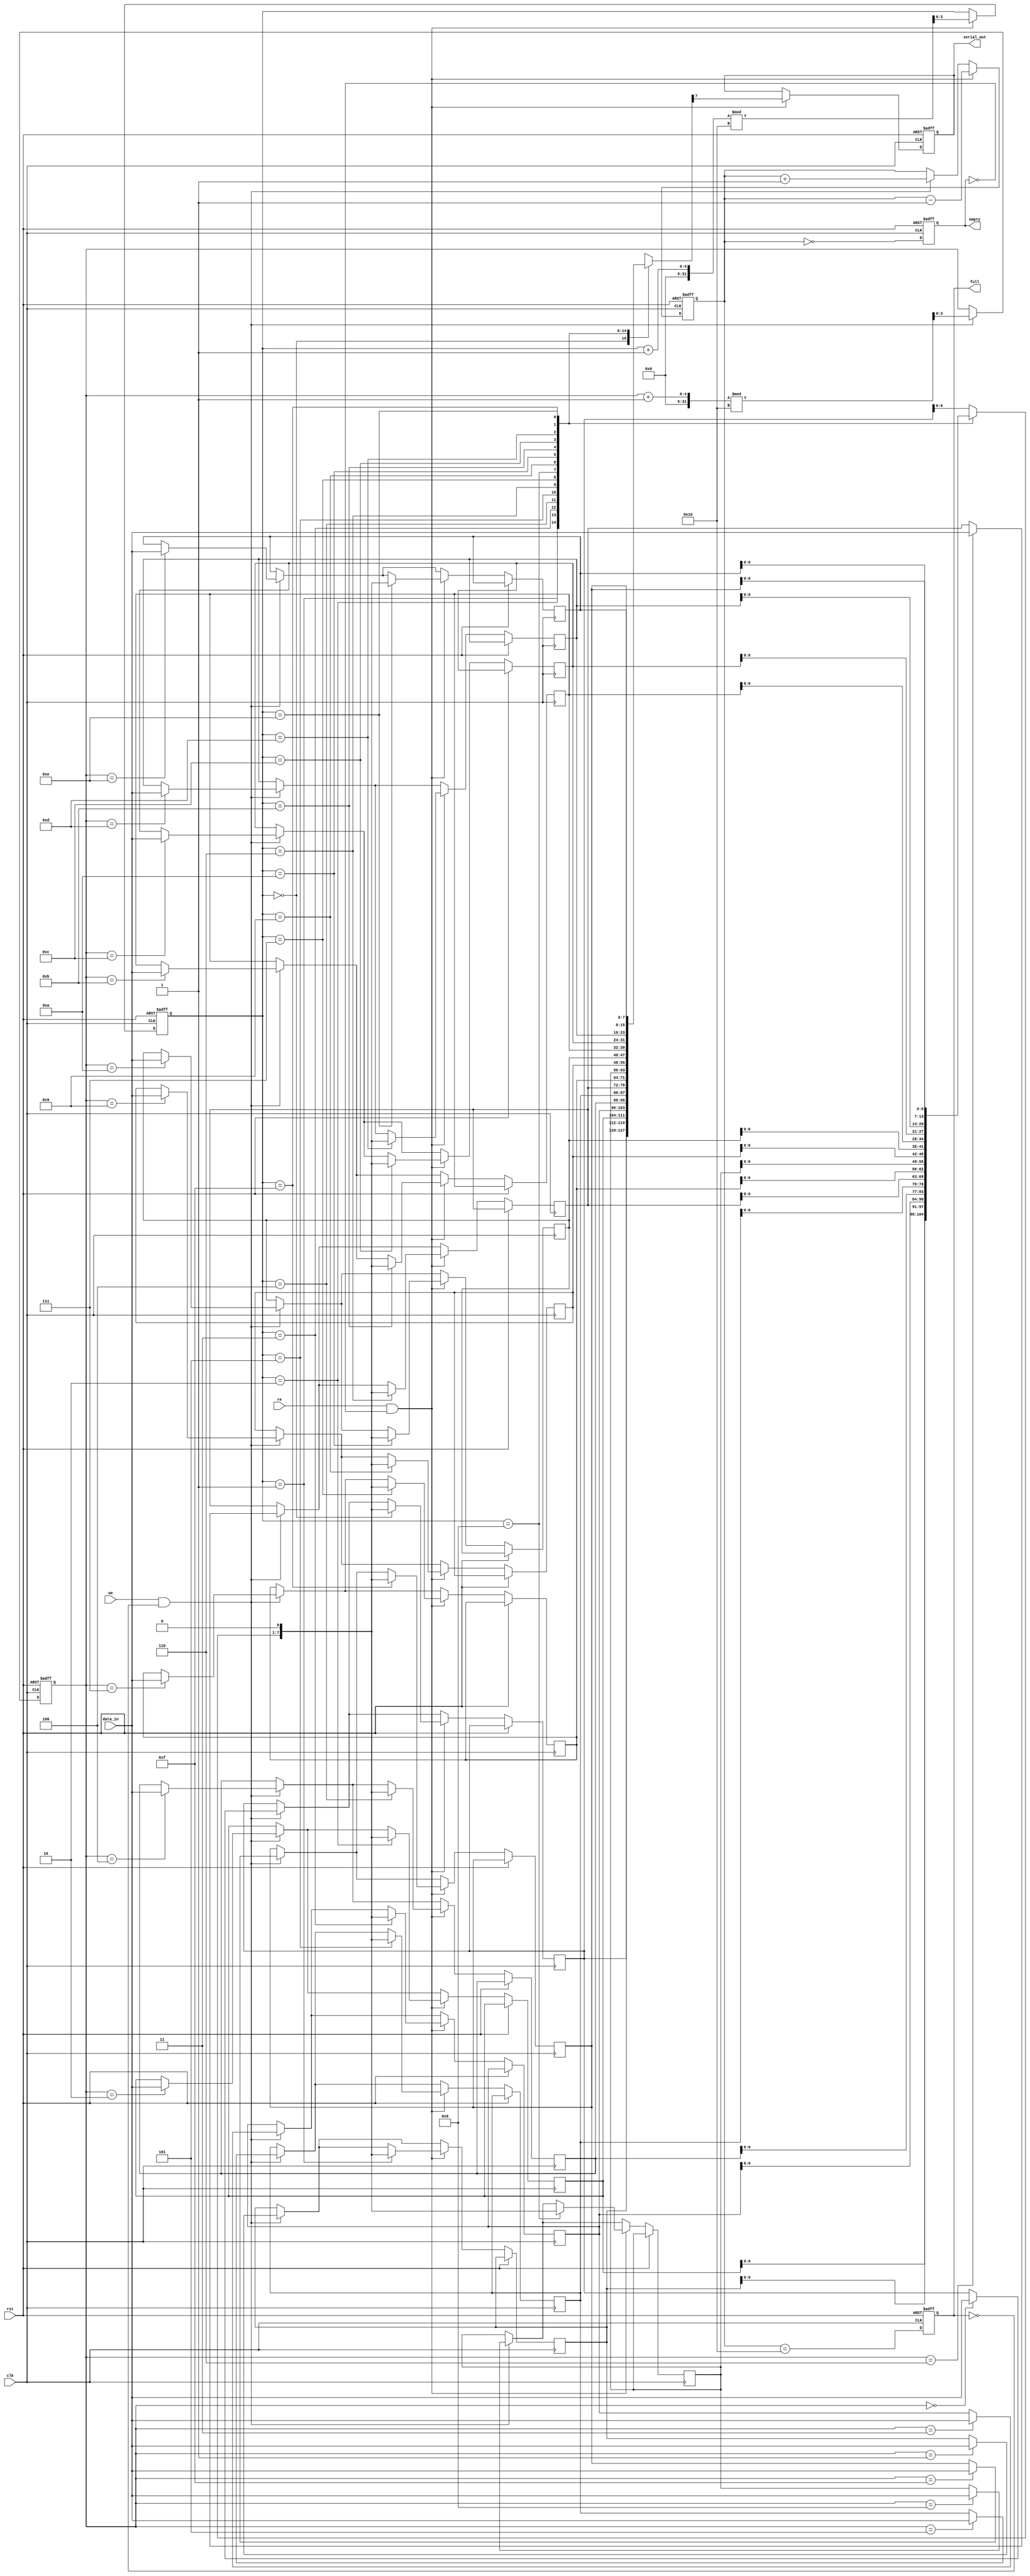
module fifo_piso #(
    parameter DATA_WIDTH = 8,  // Width of the data input
    parameter FIFO_DEPTH = 16   // Depth of the FIFO
)(
    input wire clk,              // Clock signal
    input wire rst,              // Asynchronous reset
    input wire we,               // Write enable
    input wire re,               // Read enable
    input wire [DATA_WIDTH-1:0] data_in, // Parallel input data
    output reg serial_out,       // Serial output data
    output reg full,             // FIFO full flag
    output reg empty             // FIFO empty flag
);

    reg [DATA_WIDTH-1:0] fifo_mem [0:FIFO_DEPTH-1]; // FIFO memory
    reg [3:0] write_ptr;       // Write pointer
    reg [3:0] read_ptr;        // Read pointer
    reg [4:0] count;           // Number of elements in FIFO

    // Asynchronous reset
    always @(posedge clk or posedge rst) begin
        if (rst) begin
            write_ptr <= 0;
            read_ptr <= 0;
            count <= 0;
            full <= 0;
            empty <= 1;
            serial_out <= 0;
        end else begin
            // Write operation
            if (we && !full) begin
                fifo_mem[write_ptr] <= data_in; // Store data in FIFO
                write_ptr <= (write_ptr + 1) % FIFO_DEPTH; // Update write pointer
                count <= count + 1; // Increment count
            end
            
            // Read operation
            if (re && !empty) begin
                serial_out <= fifo_mem[read_ptr][DATA_WIDTH-1]; // Output the MSB of the data
                fifo_mem[read_ptr] <= {fifo_mem[read_ptr][DATA_WIDTH-2:0], 1'b0}; // Shift left
                read_ptr <= (read_ptr + 1) % FIFO_DEPTH; // Update read pointer
                count <= count - 1; // Decrement count
            end

            // Update full and empty flags
            full <= (count == FIFO_DEPTH);
            empty <= (count == 0);
        end
    end

endmodule